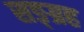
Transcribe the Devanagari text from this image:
सङ्ग्रह